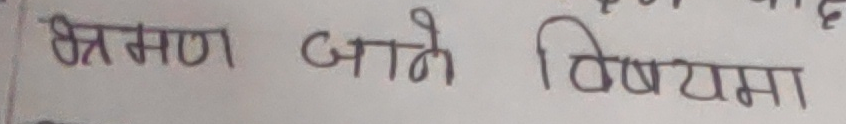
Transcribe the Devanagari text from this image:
भ्रमण जाने विषयमा